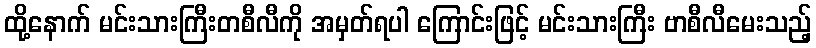
ထို့နောက် မင်းသားကြီးတစီလီကို အမှတ်ရပါ ကြောင်းဖြင့် မင်းသားကြီး ဗာစီလီမေးသည့်